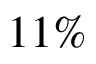
1 1 \%